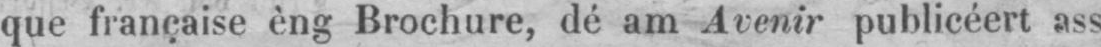
que française èng Brochure, dé am Avenir publicéert ass